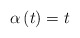
\begin{align*} \alpha \left( t \right) = t\end{align*}